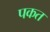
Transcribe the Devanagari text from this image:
पकत